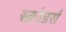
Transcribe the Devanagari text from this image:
स्क्रोडर्स